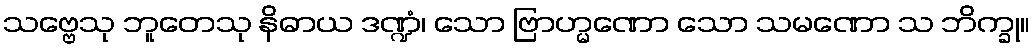
သဗ္ဗေသု ဘူတေသု နိဓာယ ဒဏ္ဍံ၊ သော ဗြာဟ္မဏော သော သမဏော သ ဘိက္ခု။